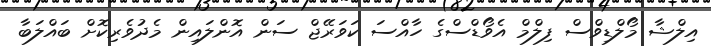
އިލްޝާ މޯލްޑިވްސް ފިލްމް އެވޯޑްސްގެ ހާއްސަ ކަވަރޭޖް ސަން އޮންލައިން މެދުވެރިކޮށް ބައްލަބާ